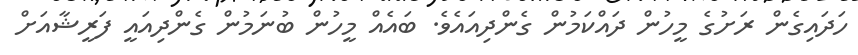
ހަދައިގެން ރަށުގެ މީހުން ދައްކަމުން ގެންދިއައެވެ. ބައެއް މީހުން ބުނަމުން ގެންދިއައީ ފަރީޝާއަށް